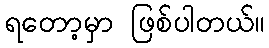
ရတော့မှာ ဖြစ်ပါတယ်။